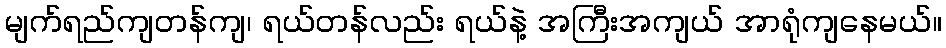
မျက်ရည်ကျတန်ကျ၊ ရယ်တန်လည်း ရယ်နဲ့ အကြီးအကျယ် အာရုံကျနေမယ်။